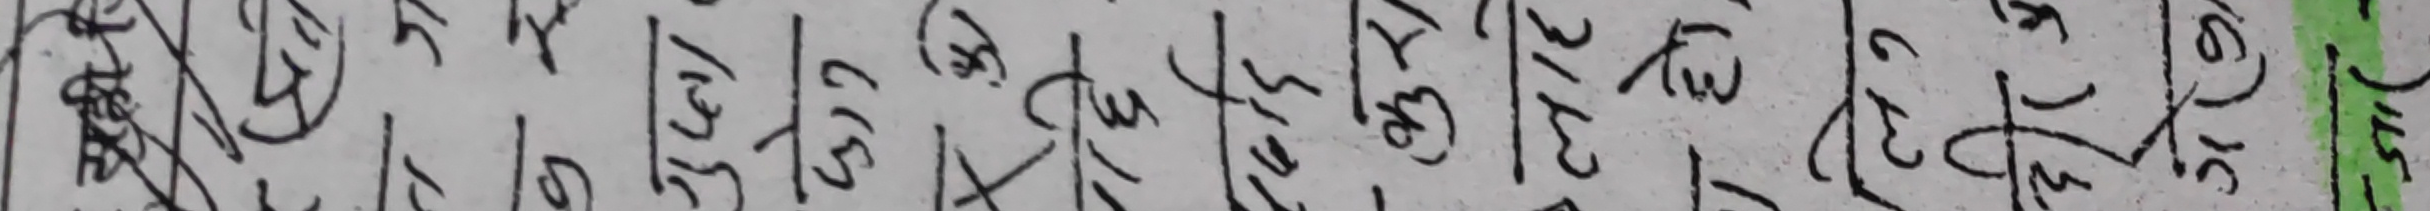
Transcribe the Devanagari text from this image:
८ ५ १ ७ ७ ८ ३ ८ ५ ५ ३ ४ ३ १ ३ २ १ ३ २ ३ ८ ६ १ ५